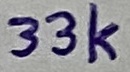
Text: 33k